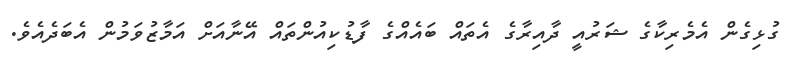
ގުޅިގެން އެމެރިކާގެ ޝަރުއީ ދާއިރާގެ އެތައް ބައެއްގެ ފާޑުކިއުންތައް އޭނާއަށް އަމާޒުވަމުން އެބަދެއެވެ.